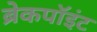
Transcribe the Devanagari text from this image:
ब्रेकपॉइंट